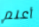
أعلم